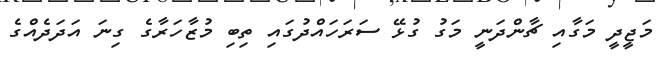
މަޖީދީ މަގާއި ޗާންދަނީ މަގު ގުޅޭ ސަރަހައްދުގައި ތިބި މުޒާހަރާގެ ގިނަ އަދަދެއްގެ